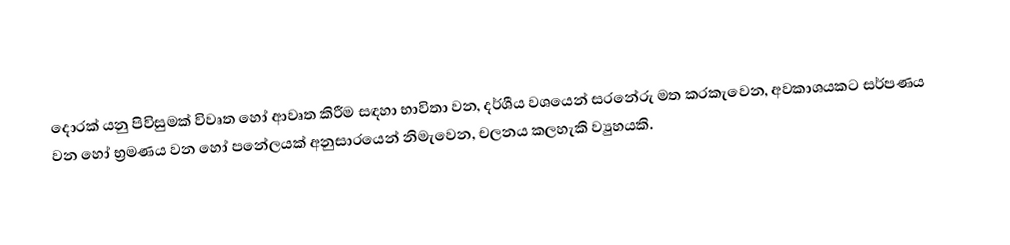
දොරක් යනු පිවිසුමක් විවෘත හෝ ආවෘත කිරීම සඳහා භාවිතා වන, දර්ශීය වශයෙන් සරනේරු මත කරකැවෙන, අවකාශයකට සර්පණය වන හෝ භ්‍රමණය වන හෝ පනේලයක් අනුසාරයෙන් නිමැවෙන,  චලනය කලහැකි ව්‍යුහයකි.